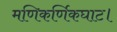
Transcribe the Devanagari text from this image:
मणिकर्णिकघाट।